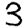
Digit: 3